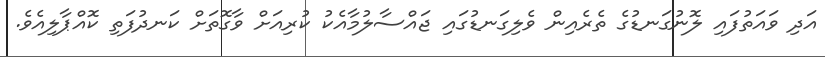
އަދި ވައަތުފައި ލޮނުގަނޑުގެ ތެރެއިން ވެލިގަނޑުގައި ޖައްސާލުމާއެކު ކުރިއަށް ވާގޮތަށް ކަނދުފަތި ކޮއްޕާލިއެވެ.